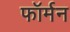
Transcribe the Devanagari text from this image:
फॉर्मन